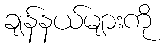
ချန်နယ်များကို